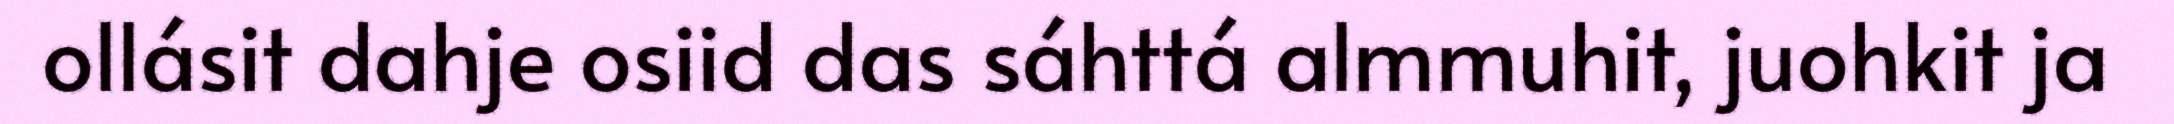
ollásit dahje osiid das sáhttá almmuhit, juohkit ja